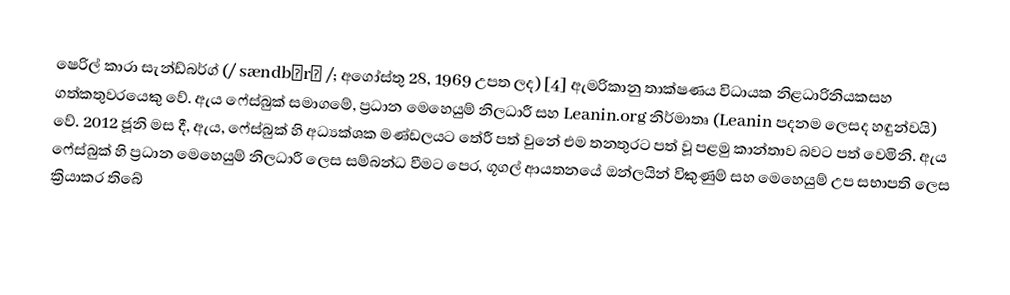
ෂෙරිල් කාරා සැන්ඩ්බර්ග් (/ sændbərɡ /; අගෝස්තු 28, 1969 උපත ලද) [4] ඇමරිකානු තාක්ෂණය විධායක නිළධාරිනියකසහ ගත්කතුවරයෙකු වේ. ඇය ෆේස්බුක් සමාගමේ, ප්‍රධාන මෙහෙයුම් නිලධාරී සහ Leanin.org නිර්මාතෘ (Leanin පදනම ලෙසද හඳුන්වයි) වේ. 2012 ජූනි මස දී, ඇය,  ෆේස්බුක් හි අධ්‍යක්ශක මණ්ඩලයට තේරී පත් වුනේ එම තනතුරට පත් වූ පළමු කාන්තාව බවට පත් වෙමිනි. ඇය ෆේස්බුක් හි ප්‍රධාන මෙහෙයුම් නිලධාරී ලෙස සම්බන්ධ වීමට පෙර, ගූගල් ආයතනයේ ඔන්ලයින් විකුණුම් සහ මෙහෙයුම් උප සභාපති ලෙස ක්‍රියාකර තිබේ